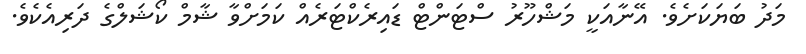
މަދު ބަޔަކަށެވެ. އޭނާއަކީ މަޝްހޫރު ސްޓަންޓް ޑައިރެކްޓަރެއް ކަމަށްވާ ޝާމް ކޯޝަލްގެ ދަރިއެކެވެ.